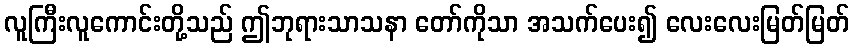
လူကြီးလူကောင်းတို့သည် ဤဘုရားသာသနာ တော်ကိုသာ အသက်ပေး၍ လေးလေးမြတ်မြတ်